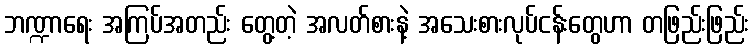
ဘဏ္ဍာရေး အကြပ်အတည်း တွေ့တဲ့ အလတ်စားနဲ့ အသေးစားလုပ်ငန်းတွေဟာ တဖြည်းဖြည်း